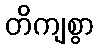
တိကျစွာ